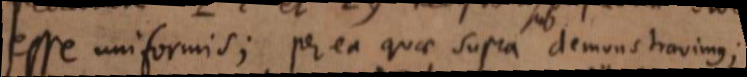
esse uniformis; per ea quae supra demonstravimus;